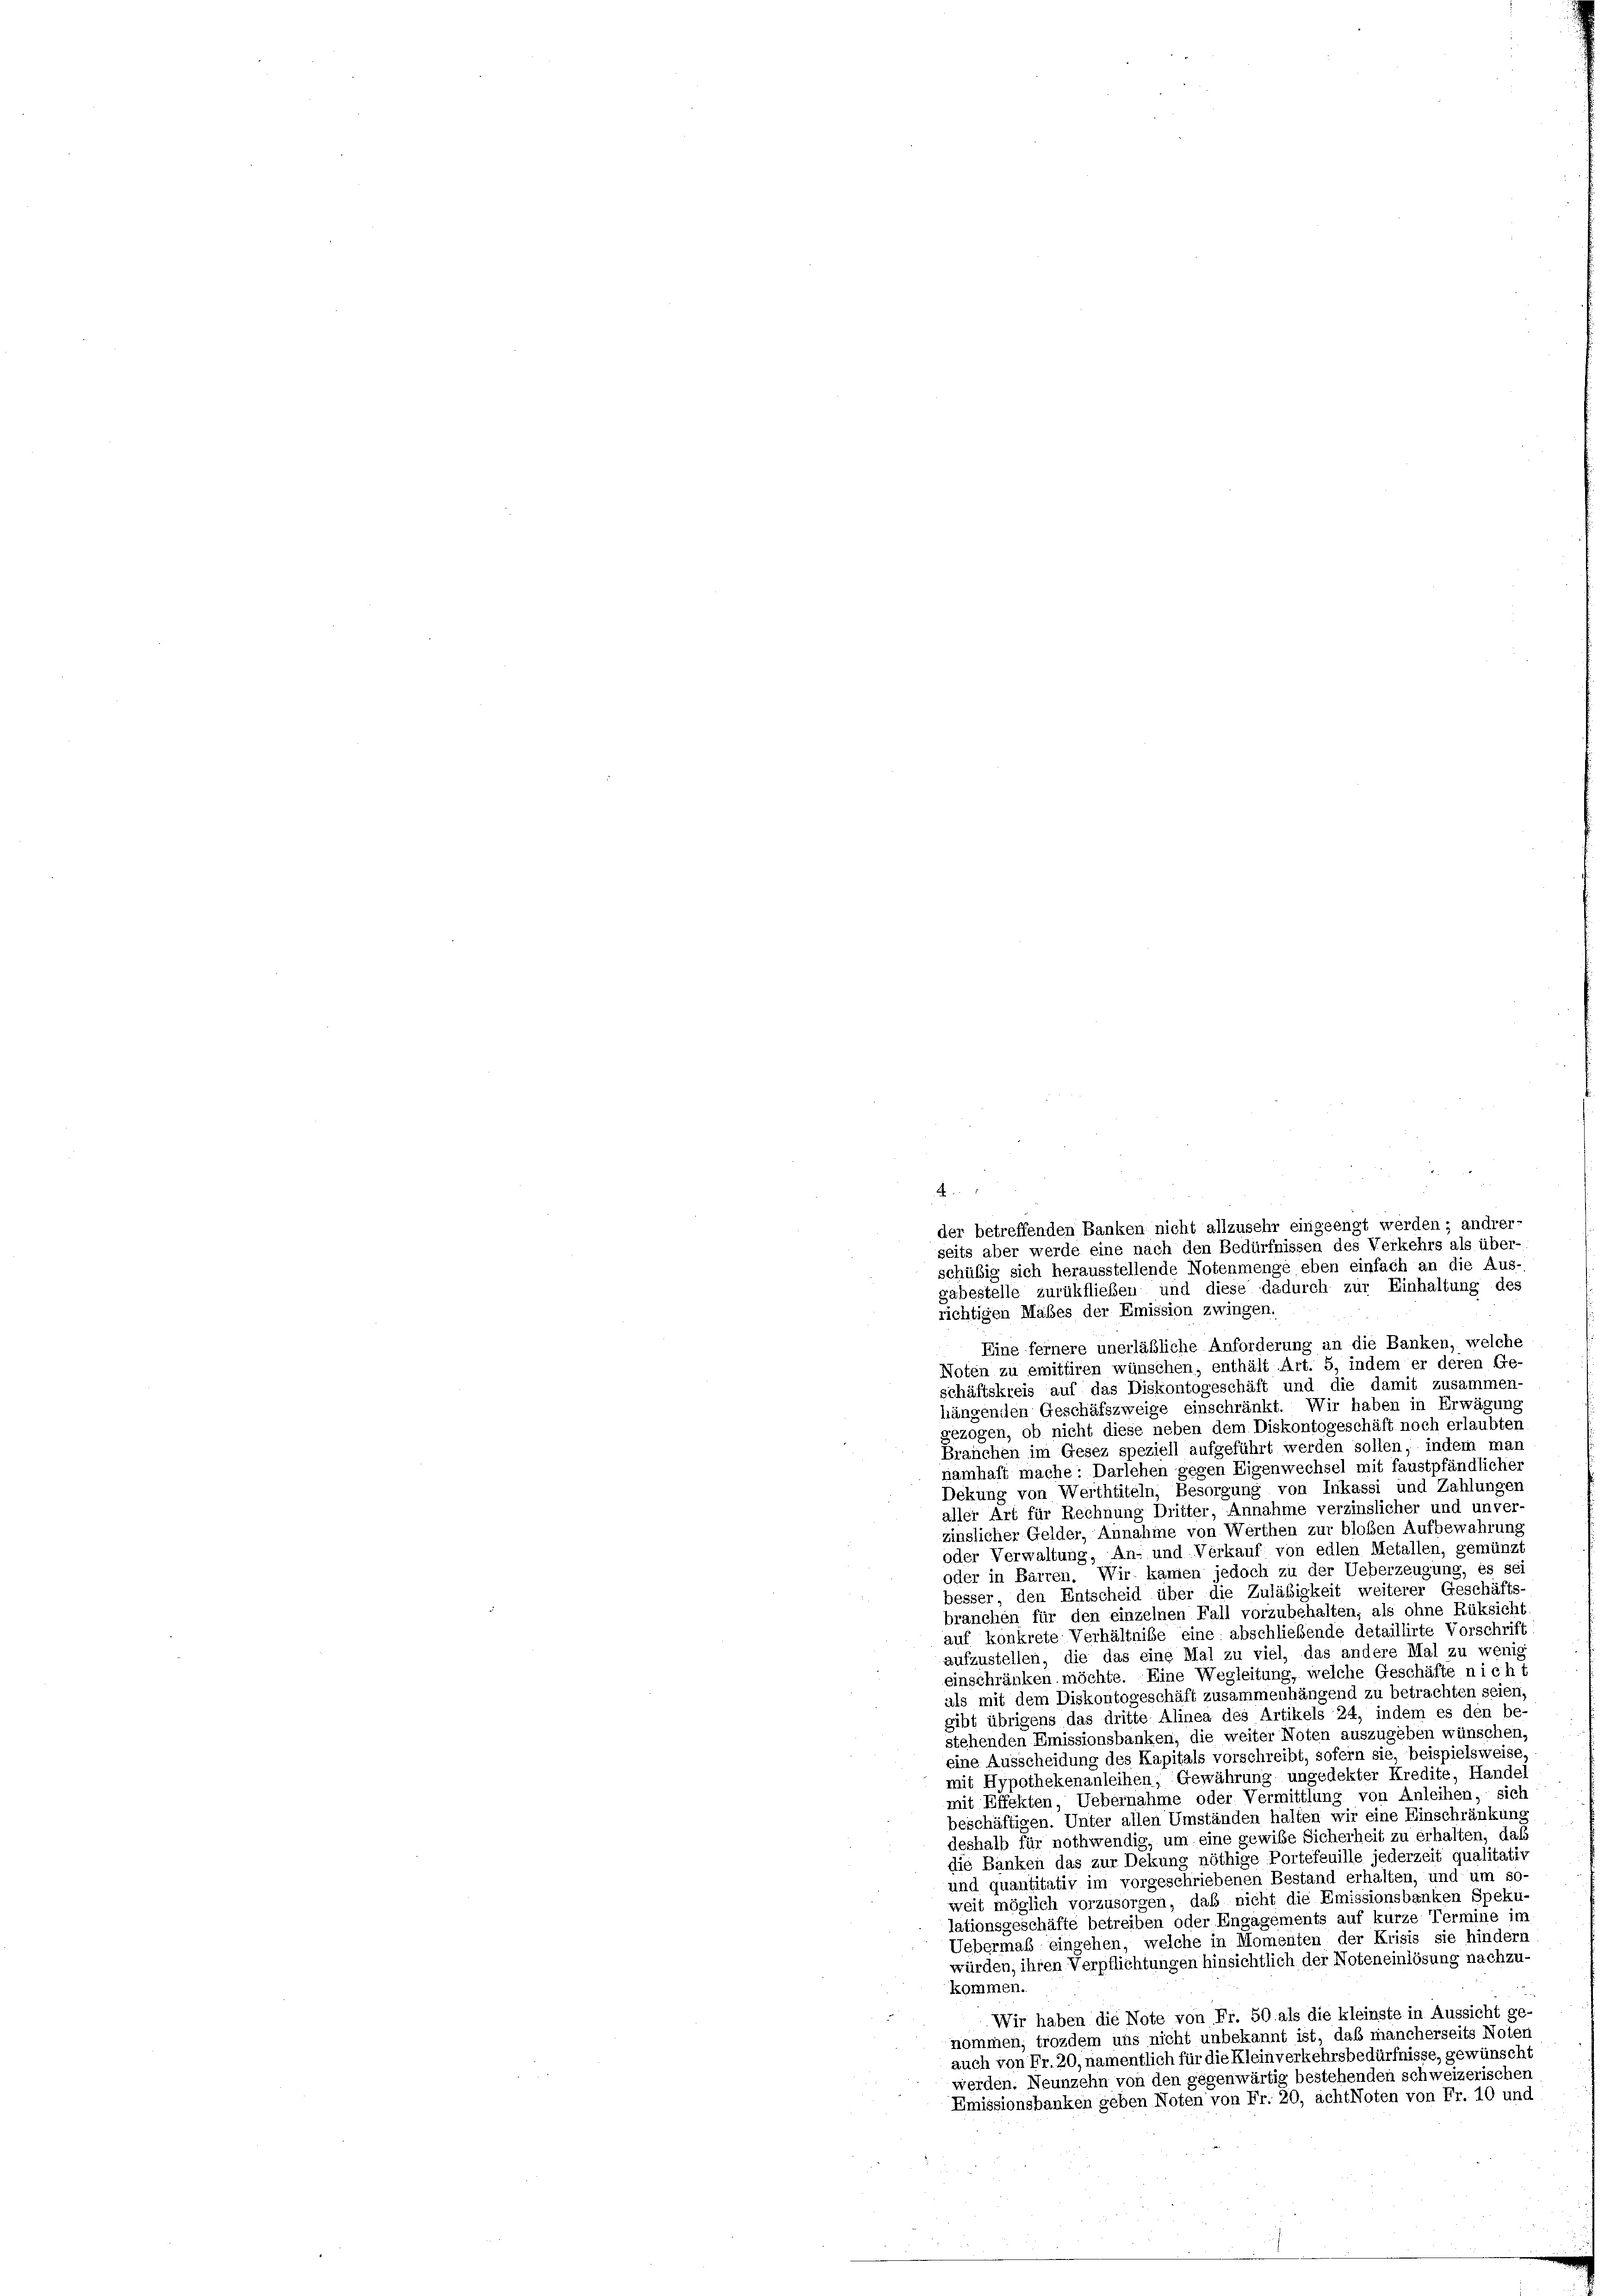
richtigen Mabes der Emission zwingen.
Eine fernere unerläßliche Anforderung an die Banken, welche
Noten zu emittiren wünschen, enthält Art. 5, indem er deren Ge-
schäftskreis auf das Diskontogeschäft und die damit zusammen-
hängenden Geschäfszweige einschränkt. Wir haben in Erwägung
gezogen, ob nicht diese neben dem Diskontogeschäft noch erlaubten
Brauchen im Gesez speziell aufgeführt werden sollen, indem man
namhaft mache: Darlehen gegen Eigenwechsel mit faustpfändliches
Dekung von Werthtiteln, Besorgung von Inkassi und Zahlungen
aller Art für Rechnung Dritter, Annahme verzinslicher und unver-
zinslicher Gelder, Annahme von Werthen zur bloßen Aufbewahrung
oder Verwaltung, An- und Verkauf von edlen Metallen, gemünzt
oder in Bärren. Wir kamen jedoch zu der Ueberzeugung, es sei
besser, den Entscheid über die Zuläbigkeit weiterer Geschäfts-
branchen für den einzelnen Fall vorzubehalten, als ohne Rüksicht
auf konkrete Verhältniße eine abschließende detaillirte Vorschrift
aufzustellen, die das eine Mal zu viel, das andere Mal zu wenig
einschränken möchte. Eine Wegleitung, welche Geschäfte nicht
als mit dem Diskontogeschäft zusammenhängend zu betrachten seien,
gibt übrigens das dritte Alinea des Artikels 24, indem es den be-
stehenden Emissionsbanken, die weiter Noten auszugeben wünschen,
eine Ausscheidung des Kapitals vorschreibt, sofern sie, beispielsweise,
mit Hypothekenanleihen, Gewährung ungedekter Kredite, Handel
mit Effekten, Uebernahme oder Vermittlung von Anleihen, sich
beschäftigen. Unter allen Umständen halten wir eine Einschränkung
deshalb für nothwendig, um eine gewiße Sicherheit zu erhalten, daß
die Banken das zur Dekung nöthige Portefeuille jederzeit qualitativ
und quantitativ im vorgeschriebenen Bestand erhalten, und um so-
weit möglich vorzusorgen, daß nicht die Emissionsbanken Speku-
lationsgeschäfte betreiben oder Engagements auf kurze Termine im
Uebermaß eingehen, welche in Momenten der Krisis sie hindern
würden, ihren Verpflichtungen hinsichtlich der Noteneinlösung nachzu-
kommen.
Wir haben die Note von Fr. 50 als die kleinste in Aussicht ge-
nommen, trozdem uns nicht unbekannt ist, daß mancherseits Noten
auch von Fr. 20, namentlich für die Kleinverkehrsbedürfnisse, gewünscht
werden. Neunzehn von den gegenwärtig bestehenden schweizerischen
Emissionsbanken geben Noten von Fr. 20, acht Noten von Fr. 10 und

A
der betreffenden Banken nicht allzusehr eingeengt werden; andrer-
seits aber werde eine nach den Bedürfnissen des Verkehrs als über-
schübig sich herausstellende Notenmenge eben einfach an die Aus-
gäbestelle zurükflieben und diese dadurch zur Einhaltung des